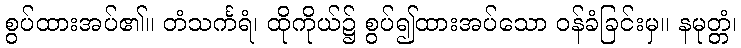
စွပ်ထားအပ်၏။ တံသင်္ကရံ၊ ထိုကိုယ်၌ စွပ်၍ထားအပ်သော ဝန်ခံခြင်းမှ။ နမုတ္တံ၊